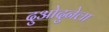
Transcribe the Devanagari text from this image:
दुओदुनेला